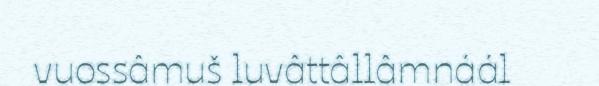
vuossâmuš luvâttâllâmnáál